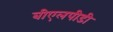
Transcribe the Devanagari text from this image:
बीएलपीडी